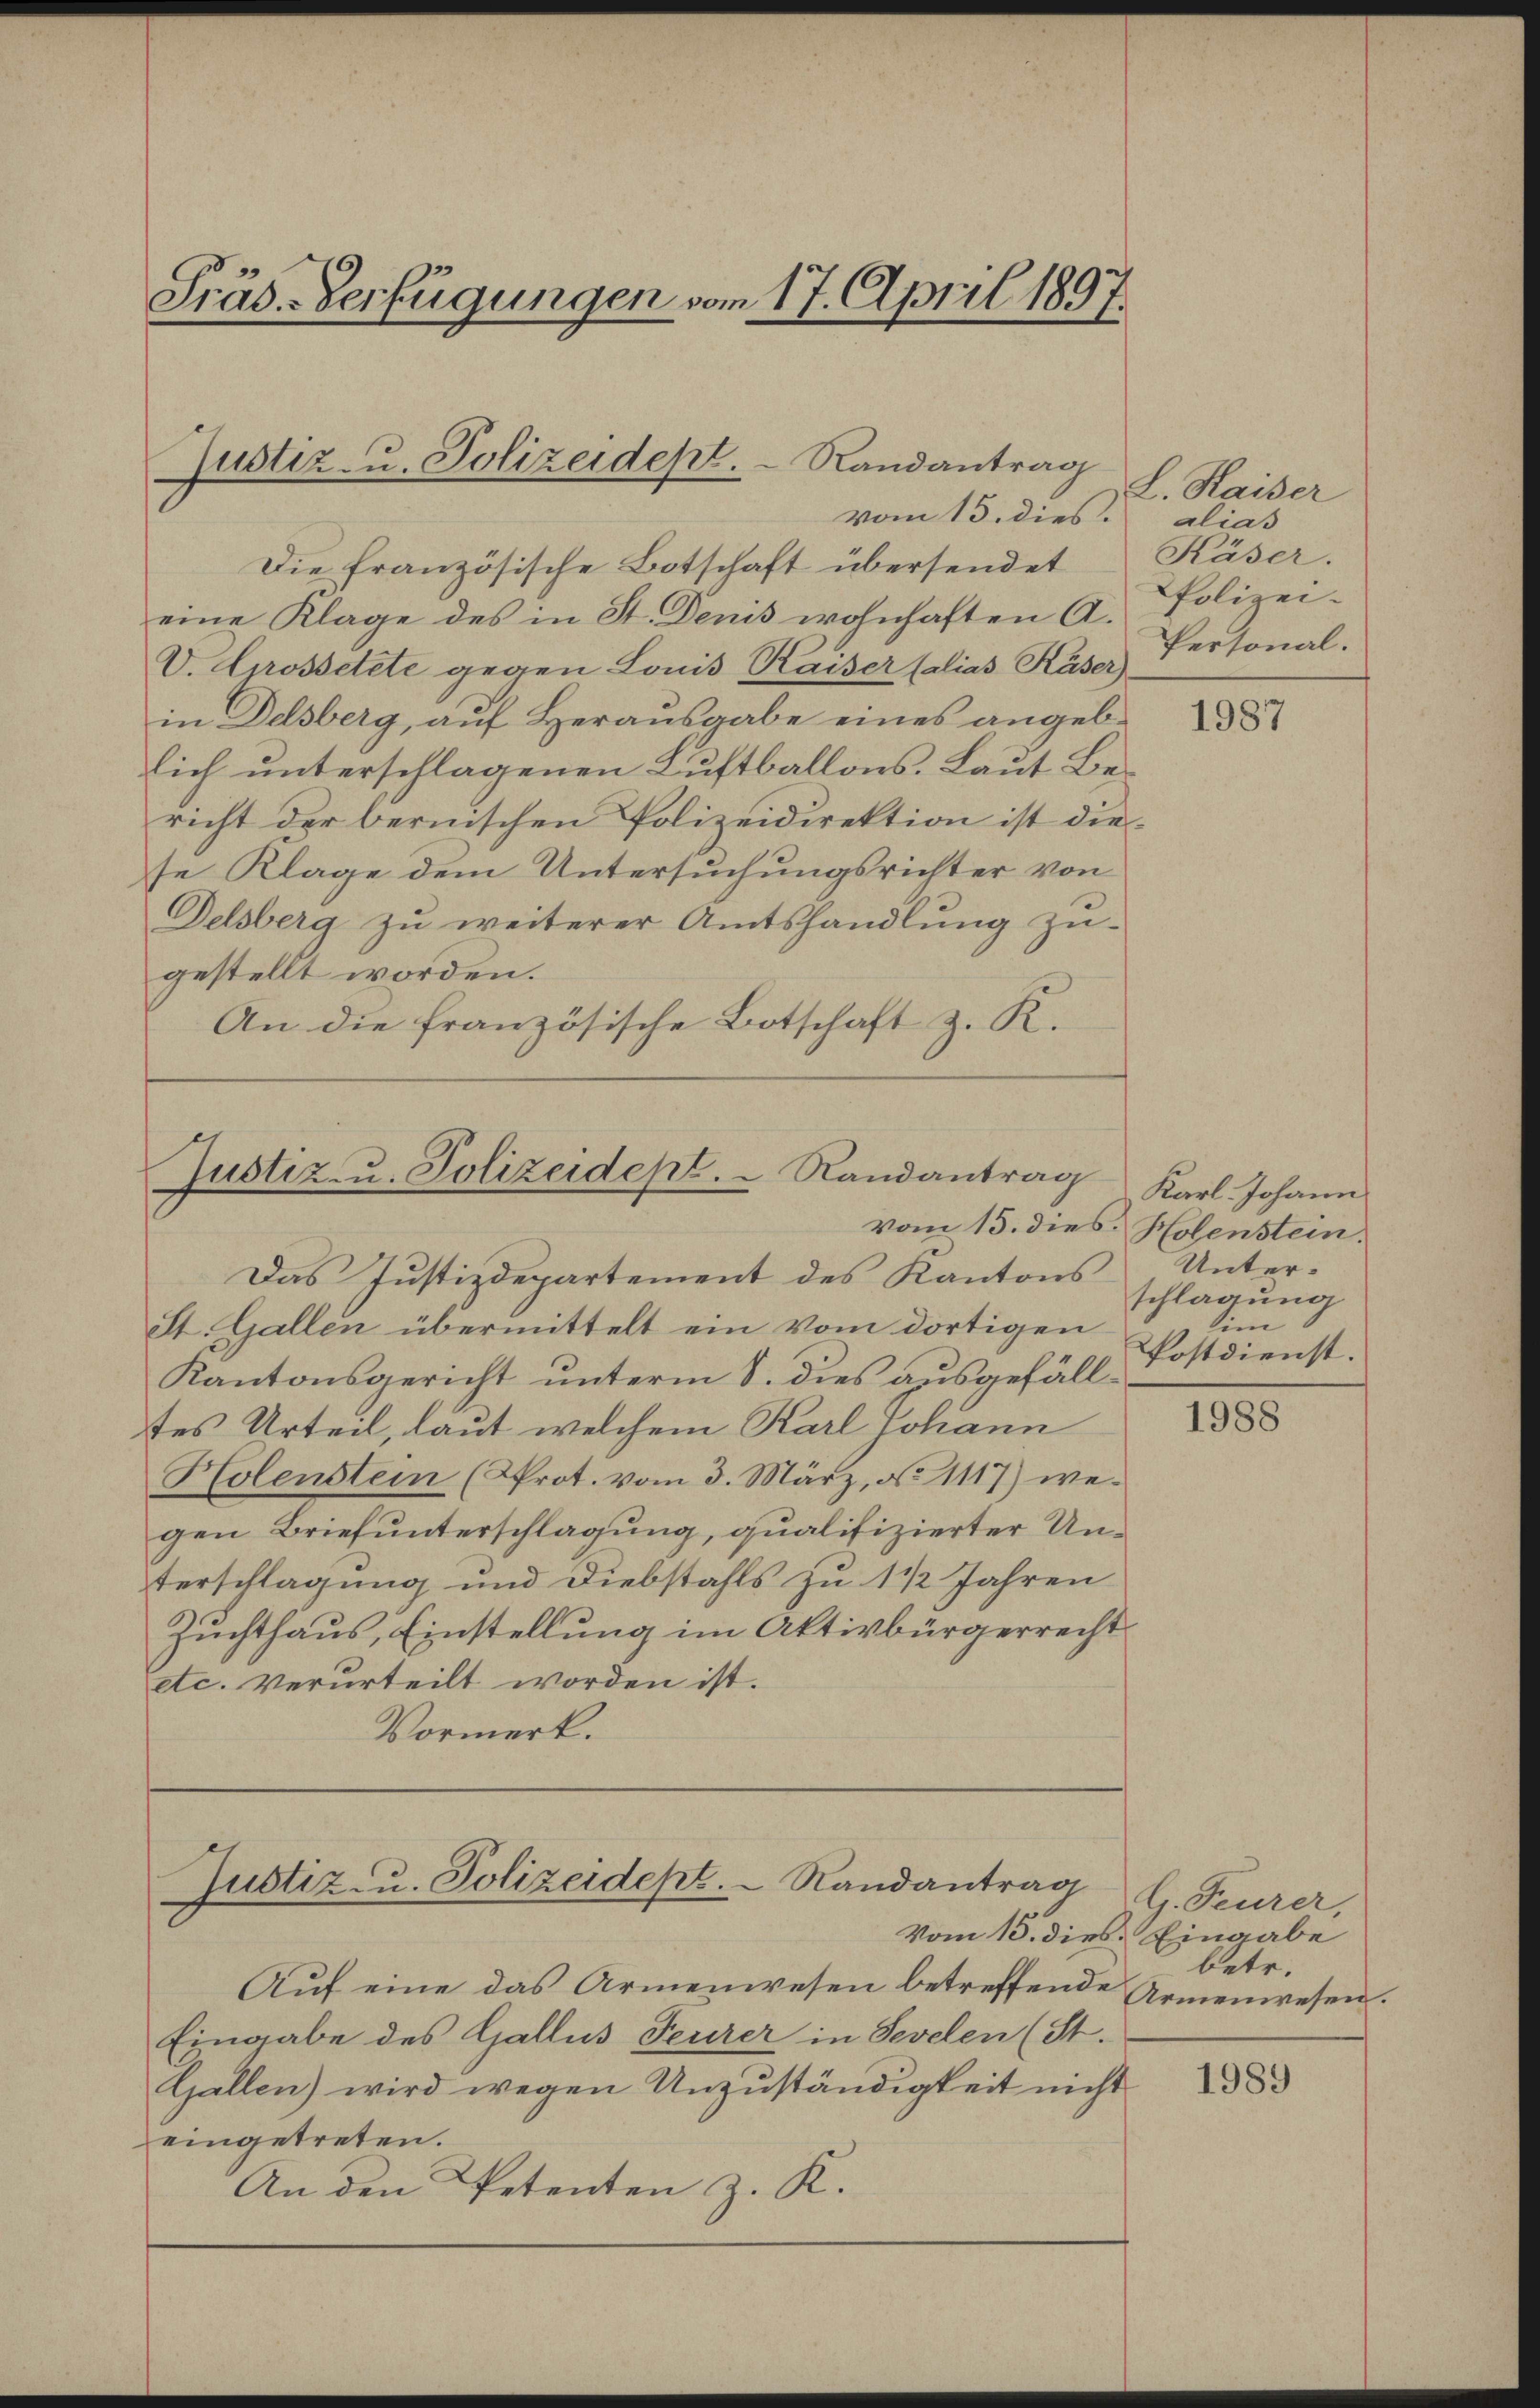
Präs.-Verfügungen vom 17. April 1897.

Justiz- u. Polizeidept. Randantrag
vom 15. dies.

Justiz- u. Polizeidept. Randantrag

Die französische Botschaft übersendet
eine Klage des in St. Denis wohnhaften A.
D. Grossetzte gegen Lonis Kaiser Calias Käser)
in Delsberg, auf Herausgabe eines angeblich unterschlagenen Luftballons. Laut Bericht der bernischen Polizeidirektion ist diese Klage dem Untersuchungsrichter von
Delsberg zŭ weiterer Amtshandlŭng zŭ-
gestellt worden.
An die französische Botschaft z. K.

Justiz- u. Polizeidept. Randantrag
Vom 15. dies Eingabe

L. Kaiser
alias
Käser.
PPolizei.
Personal.

Das Justizdepartement des Kantons
St. Gallen übermittelt ein vom dortigen
Kantonsgericht unterm 8. dies ausgefälltes Urteil, laut welchem Karl Johann
Holenstein (Prot. vom 3. März, N. 1117) wegen Briefunterschlagung, qualifizierter Unterschlagung und Diebstahls zu 1 1/2 Jahren
Zuchthaus, Einstellung im Aktivbürgerrecht
etc. verurteilt worden ist.
Vormerk.

Auf eine das Armenwesen betreffende Armenwesen.
Eingabe des Gallus Feurer in Sevelen (St.
Gallen) wird wegen Unzuständigkeit nicht
eingetreten.
An den Petenten z. R.

1987

Karl Johann
vom 15. dies Holenstein.
Unterschlagung
im
Postdienst.

1988

G. Feurer,
betr.

1989